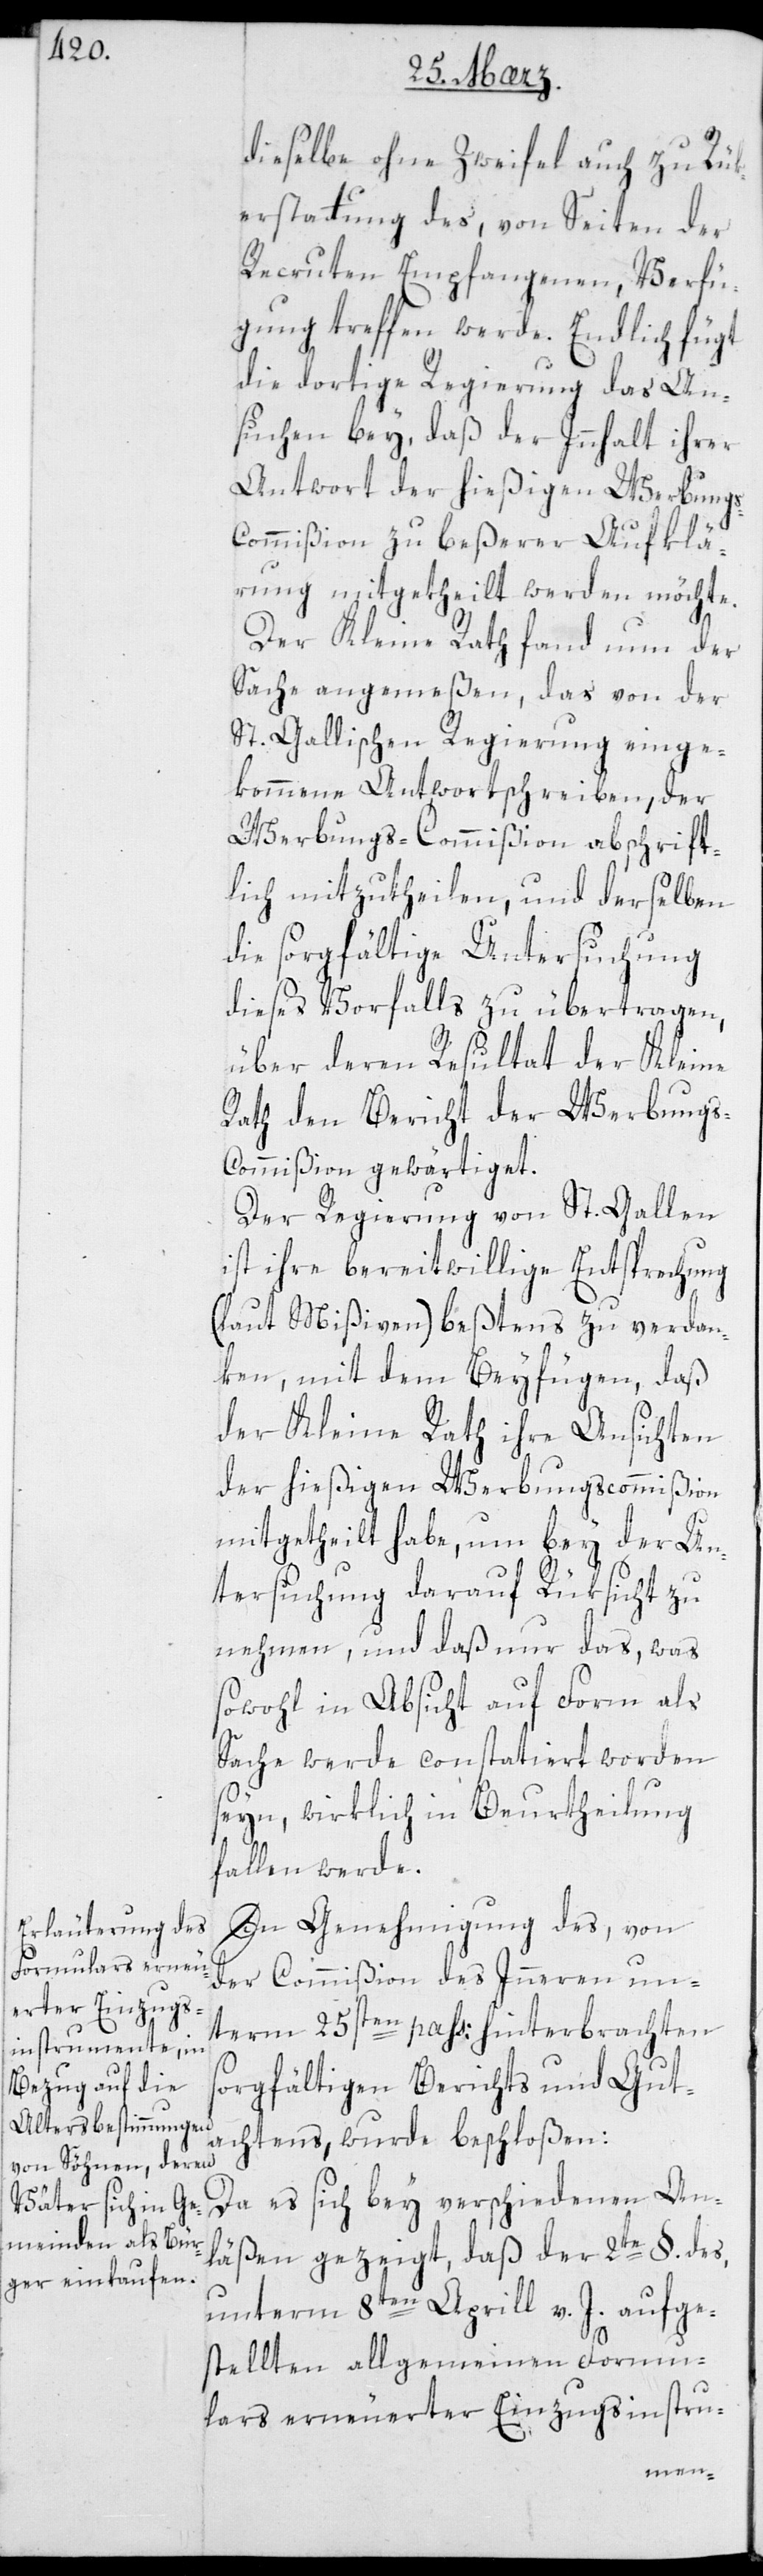
dieselbe ohne zweyfel auch zu Rük¬
erstattung des von Seiten der
Rekruten Empfangenen Verfü¬
gung treffen werde. Endlich fügt
die dortige Regierung das An¬
suchen bey, daß der Inhalt ihrer
Antwort der hießigen Werbung¬
s-Commißion zu beßerer Aufklä¬
rung mitgetheilt werden möchte.
Der Kleine Rath fand nun der
Sache angemeßen, das von der
St. Gallischen Regierung einge¬
kommene Antwortschreiben der
Werbungs-Commißion abschrift¬
lich mitzutheilen, und derselben
die sorgfältige Untersuchung
dieses Vorfalls zu übertragen,
über deren Resultat der Kleine
Rath den Bericht der Werbungs¬
commißion gewärtiget.
Der Regierung von St. Gallen
ist ihre bereitwillige Entsprechung
(laut Mißiven) beßtens zu verdan¬
ken, mit dem Beyfügen, daß
der Kleine Rath ihre Ansichten
der hießigen Werbungscommißion
mitgetheilt habe, um bey der Un¬
tersuchung darauf Rüksicht zu
nehmen, und daß nur das, was
sowohl in Absicht auf Form als
Sache werde constatiert worden
seyn, wirklich in Beurtheilung
fallen werde.
In Genehmigung des von
der Commißion des Innern un¬
term 25sten paß: hinterbrachten
sorgfältigen Berichts und Gut¬
achtens, wurde beschloßen:
Da es sich bey verschiedenen An¬
läßen gezeigt, daß der 2te §. des
unterm 8ten April v. J. aufge¬
stellten allgemeinen Formu¬
lars erneuerter Einzugsinstru-